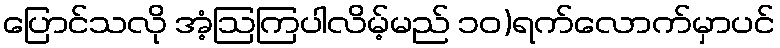
ပြောင်သလို အံ့ဩကြပါလိမ့်မည် ၁၀)ရက်လောက်မှာပင်